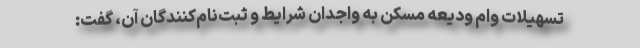
تسهیلات وام ودیعه مسکن به واجدان شرایط و ثبت‌نام‌کنندگان آن، گفت: